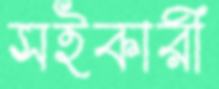
সইকারী